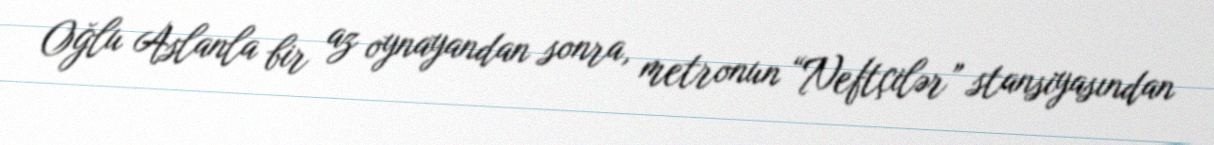
Oğlu Aslanla bir az oynayandan sonra, metronun “Neftçilər” stansiyasından